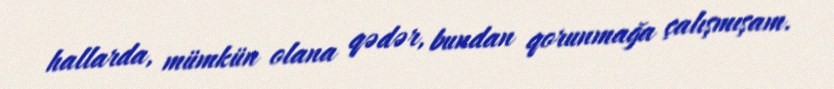
hallarda, mümkün olana qədər, bundan qorunmağa çalışmışam.